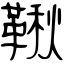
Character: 鞦